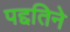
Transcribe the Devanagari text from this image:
पद्दतिने